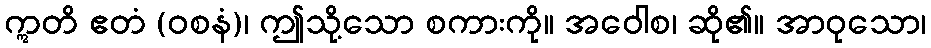
ဣတိ ဧတံ (ဝစနံ)၊ ဤသို့သော စကားကို။ အဝေါစ၊ ဆို၏။ အာဝုသော၊